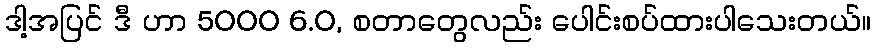
ဒါ့အပြင် ဒီ ဟာ 5000 6.0, စတာတွေလည်း ပေါင်းစပ်ထားပါသေးတယ်။